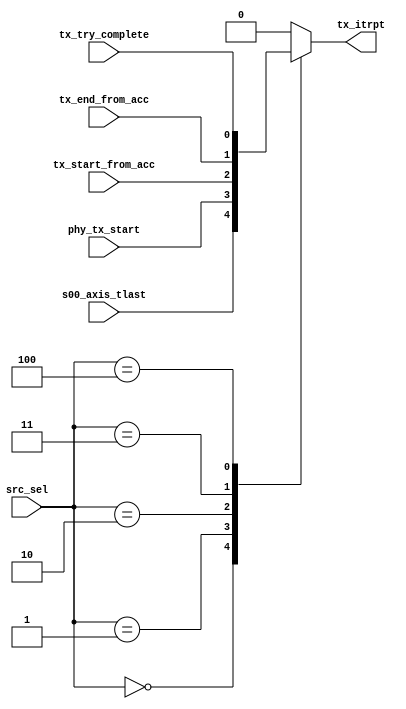
// Xianjun jiao. putaoshu@msn.com; xianjun.jiao@imec.be;

`timescale 1 ns / 1 ps

module tx_interrupt_selection
(
     // selection
     input wire [2:0] src_sel,

     // src
     input wire s00_axis_tlast,
     input wire phy_tx_start,
     input wire tx_start_from_acc,
     input wire tx_end_from_acc,
     input wire tx_try_complete,

     // to ps interrupt
     output reg tx_itrpt
);

always @( src_sel, s00_axis_tlast,phy_tx_start, tx_start_from_acc, tx_end_from_acc,tx_try_complete)
begin
     case (src_sel)
     3'b000 : begin
                    tx_itrpt = s00_axis_tlast;
               end
     3'b001 : begin
                    tx_itrpt = phy_tx_start;
               end
     3'b010 : begin
                    tx_itrpt = tx_start_from_acc;
               end
     3'b011 : begin
                    tx_itrpt = tx_end_from_acc;
               end
     3'b100 : begin
                    tx_itrpt = tx_try_complete;
               end
     default: begin
                    tx_itrpt = 0;
               end
     endcase
end

endmodule